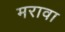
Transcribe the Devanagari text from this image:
मरावा